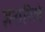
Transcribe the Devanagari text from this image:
ज़रारिले